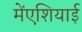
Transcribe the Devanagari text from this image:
मेंएशियाई